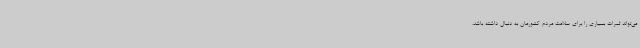
می‌تواند ثمرات بسیاری را برای سلامت مردم کشورمان به دنبال داشته باشد.